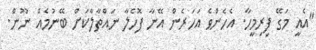
"އެއީ މަގޭ ފިރިމީހާ. އެހެންވެ އަހަރެން އޭނާ ފޮހެލާ ނައްތާލާކަށް ބޭނުމެއް ނޫން.